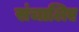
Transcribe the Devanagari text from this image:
संचालिए